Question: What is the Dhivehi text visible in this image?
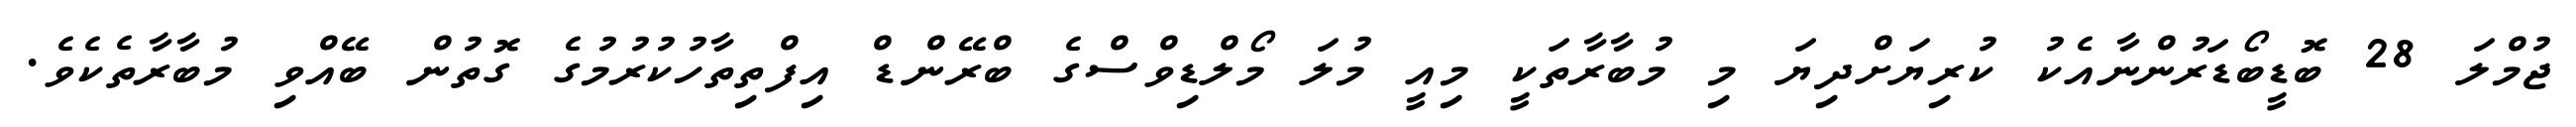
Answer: ޖުމްލަ 28 ބޮޑީބޯޑަރުންނާއެކު ކުރިޔަށްދިޔަ މި މުބާރާތަކީ މިއީ މުލަ މޯލްޑިވްސްގެ ބްރޭންޑް އިފްތިތާހުކުރުމުގެ ގޮތުން ބޭއްވި މުބާރާތެކެވެ.